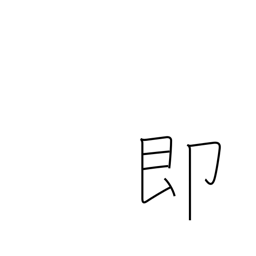
Meaning: instant